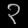
Digit: ၃